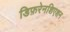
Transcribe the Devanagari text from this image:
डिफ़रेनशिएशन